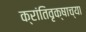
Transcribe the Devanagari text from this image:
क्रांतिवृक्षाच्या